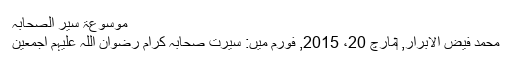
موسوعۃ سیر الصحابہ
محمد فیض الابرار, ‏مارچ 20، 2015, فورم میں: سیرت صحابہ کرام رضوان اللہ علیہم اجمعین